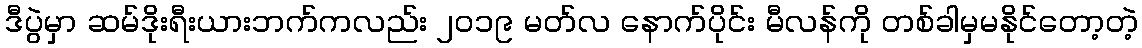
ဒီပွဲမှာ ဆမ်ဒိုးရီးယားဘက်ကလည်း ၂၀၁၉ မတ်လ နောက်ပိုင်း မီလန်ကို တစ်ခါမှမနိုင်တော့တဲ့